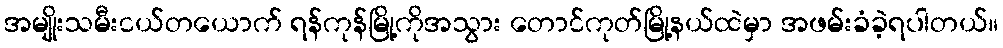
အမျိုးသမီးငယ်တယောက် ရန်ကုန်မြို့ကိုအသွား တောင်ကုတ်မြို့နယ်ထဲမှာ အဖမ်းခံခဲ့ရပါတယ်။